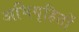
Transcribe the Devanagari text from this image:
अभिगृहितों